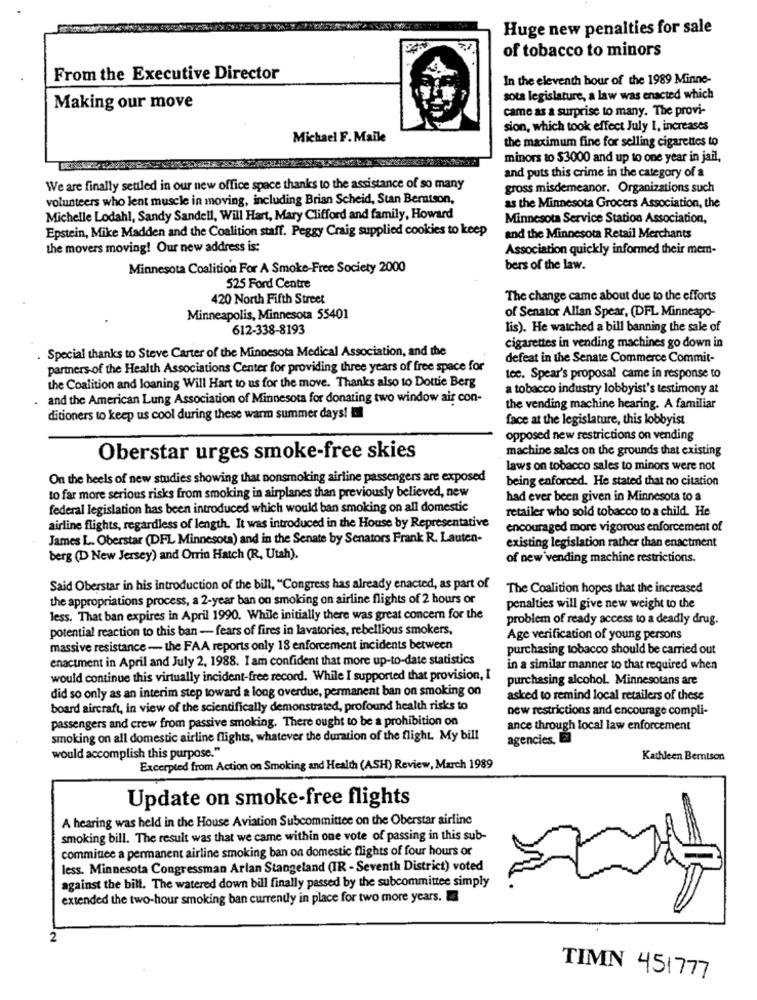
Huge new penalties for sale
of tobacco to minors
From the Executive Director
In the eleventh hour of the 1989 Minne-
sota legislature, a law was enacted which
Making our move
came as a surprise to many. The provi-
sion, which took effect July 1, increases
Michael F. Maile
the maximum fine for selling cigarettes to
minors to $3000 and up to one year in jail,
and puts this crime in the category of a
We are finally settled in our new office space thanks to the assistance of so many
gross misdemeanor. Organizations such
volunteers who lent muscle in moving, including Brian Scheid, Stan Berntson,
as the Minnesota Grocers Association, the
Michelle Lodahl, Sandy Sandell, Will Hart, Mary Clifford and family, Howard
Minnesota Service Station Association,
Epstein, Mike Madden and the Coalition staff. Peggy Craig supplied cookies to keep
and the Minnesota Retail Merchants
the movers moving! Our new address is:
Association quickly informed their mem-
Minnesota Coalition For A Smoke-Free Society 2000
bers of the law.
525 Ford Centre
420 North Fifth Street
The change came about due to the efforts
of Senator Allan Spear, (DFL Minneapo-
Minneapolis, Minnesota 55401
612-338-8193
lis). He watched a bill banning the sale of
cigarettes in vending machines go down in
Special thanks to Steve Carter of the Minnesota Medical Association, and the
defeat in the Senate Commerce Commit-
partners-of the Health Associations Center for providing three years of free space for
the Coalition and loaning Will Hart to us for the move. Thanks also to Dottie Berg
tec. Spear's proposal came in response to
a tobacco industry lobbyist's testimony at
and the American Lung Association of Minnesota for donating two window air con-
the vending machine hearing. A familiar
ditioners to keep us cool during these warm summer days! El
face at the legislature, this lobbyist
opposed new restrictions on vending
machine sales on the grounds that existing
Oberstar urges smoke-free skies
laws on tobacco sales to minors were not
On the heels of new studies showing that nonsmoking airline passengers are exposed
being enforced. He stated that no citation
to far more serious risks from smoking in airplanes than previously believed, new
had ever been given in Minnesota to a
federal legislation has been introduced which would ban smoking on all domestic
retailer who sold tobacco to a child. He
airline flights, regardless of length. It was introduced in the House by Representative
encouraged more vigorous enforcement of
James L. Oberstar (DFL Minnesota) and in the Senate by Senators Frank R. Lauten-
existing legislation rather than enactment
berg (D New Jersey) and Orrin Hatch (R, Utah).
of new vending machine restrictions.
Said Oberstar in his introduction of the bill, "Congress has already enacted, as part of
The Coalition hopes that the increased
the appropriations process, a 2-year ban on smoking on airline flights of 2 hours or
penalties will give new weight to the
less. That ban expires in April 1990. While initially there was great concern for the
problem of ready access to a deadly drug.
potential reaction to this ban - fears of fires in lavatories, rebellious smokers,
Age verification of young persons
massive resistance - the FAA reports only 18 enforcement incidents between
purchasing tobacco should be carried out
enactment in April and July 2, 1988. I am confident that more up-to-date statistics
in a similar manner to that required when
would continue this virtually incident-free record. While I supported that provision, I
purchasing alcohol. Minnesotans are
did so only as an interim step toward a long overdue, permanent ban on smoking on
asked to remind local retailers of these
board aircraft, in view of the scientifically demonstrated, profound health risks to
new restrictions and encourage compli-
passengers and crew from passive smoking. There ought to be a prohibition on
ance through local law enforcement
smoking on all domestic airline flights, whatever the duration of the flight. My bill
agencies. El
would accomplish this purpose."
Kathleen Berntson
Excerpted from Action on Smoking and Health (ASH) Review, March 1989
Update on smoke-free flights
A hearing was held in the House Aviation Subcommittee on the Oberstar airline
smoking bill. The result was that we came within one vote of passing in this sub-
committee a permanent airline smoking ban on domestic flights of four hours or
less. Minnesota Congressman Arlan Stangeland (IR - Seventh District) voted
against the bill. The watered down bill finally passed by the subcommittee simply
extended the two-hour smoking ban currently in place for two more years.
2
TIMN 451777